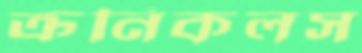
ক্রনিকলস